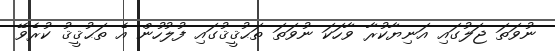
ނުވަތަ ޖަލުގައި އަނިޔާކުރާ ވާހަކަ ނުވަތަ ތަޙުޤީޤުގައި ފުލުހުން އެ ތަޙުޤީޤު ކުރެވޭ